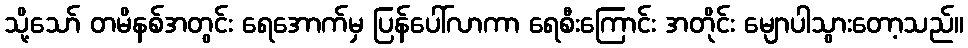
သို့သော် တမိနစ်အတွင်း ရေအောက်မှ ပြန်ပေါ်လာကာ ရေစီးကြောင်း အတိုင်း မျောပါသွားတော့သည်။